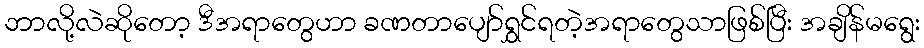
ဘာလို့လဲဆိုတော့ ဒီအရာတွေဟာ ခဏတာပျော်ရွှင်ရတဲ့အရာတွေသာဖြစ်ပြီး အချိန်မရွေး